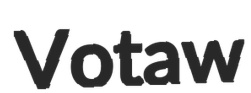
Votaw